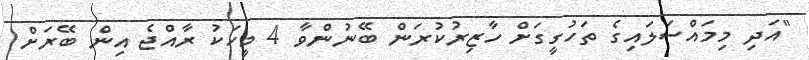
"އަދި މިމައްސަލައިގެ ތަހުގީގަށް ހާޒިރުކުރަން ބޭނުންވާ 4 މީހަކު ރާއްޖެ އިން ބޭރަށް